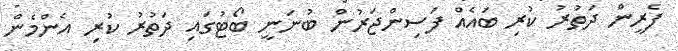
ފެރީން ދަތުރު ކުރި ބައެއް ފަސިންޖަރުން ބުނަނީ ބޯޓުގައި ދަތުރު ކުރި އެންމެން